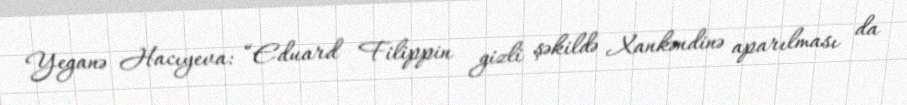
Yeganə Hacıyeva: “Eduard Filippin gizli şəkildə Xankəndinə aparılması da